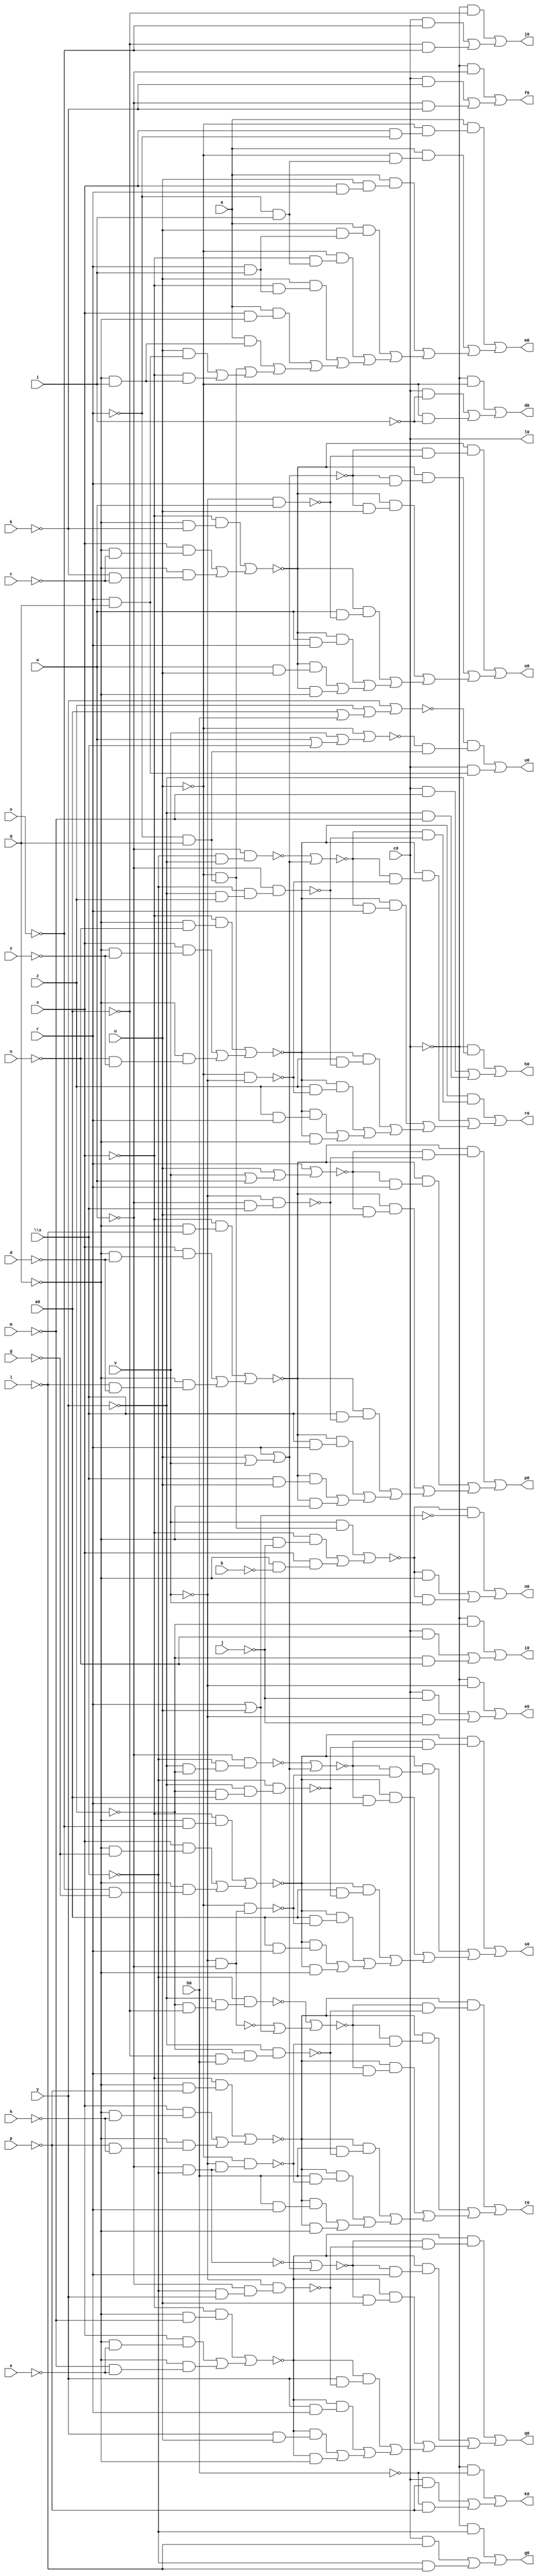
// IWLS benchmark module "c8" printed on Wed May 29 16:31:27 2002
module c8(a, b, c, d, e, f, g, h, i, j, k, l, m, n, o, p, q, r, s, u, v, w, \x , y, z, a0, b0, c0, d0, e0, f0, g0, h0, i0, j0, k0, l0, m0, n0, o0, p0, q0, r0, s0, t0, u0);
input
  a,
  b,
  c,
  d,
  e,
  f,
  g,
  h,
  i,
  j,
  k,
  l,
  m,
  n,
  o,
  p,
  q,
  r,
  s,
  u,
  v,
  w,
  \x ,
  y,
  z,
  a0,
  b0,
  c0;
output
  g0,
  h0,
  i0,
  j0,
  k0,
  l0,
  m0,
  n0,
  o0,
  p0,
  q0,
  r0,
  s0,
  t0,
  u0,
  d0,
  e0,
  f0;
wire
  g2,
  h2,
  i2,
  j2,
  k2,
  \[10] ,
  \[11] ,
  m2,
  \[12] ,
  n2,
  \[13] ,
  o2,
  \[14] ,
  p2,
  \[0] ,
  \[15] ,
  q2,
  \[1] ,
  \[16] ,
  \[2] ,
  \[17] ,
  s2,
  \[3] ,
  t2,
  \[4] ,
  u1,
  u2,
  \[5] ,
  v1,
  v2,
  \[6] ,
  w1,
  w2,
  \[7] ,
  y1,
  y2,
  \[9] ,
  z1,
  z2,
  a2,
  a3,
  b3,
  c2,
  c3,
  d2,
  d3,
  e2;
assign
  g0 = \[3] ,
  g2 = ~i2 | (r | (u | v)),
  h0 = \[4] ,
  h2 = (~s & (~q & ~m)) | ((s & (~q & ~e)) | (~q & (~m & ~e))),
  i0 = \[5] ,
  i2 = ~w & ~\x ,
  j0 = \[6] ,
  j2 = ~u & ~v,
  k0 = \[7] ,
  k2 = ~w & (~\x  & (~y & z)),
  \[10]  = (~v1 & ~u1) | ((~v1 & ~q) | (~v1 & v)),
  l0 = c0,
  \[11]  = (~z1 & (~y1 & ~w1)) | ((~z1 & (~y1 & r)) | ((~z1 & (~y1 & u)) | ((~z1 & (w & ~w1)) | ((~z1 & (w & r)) | ((~z1 & (w & u)) | (~z1 & ~q)))))),
  m0 = \[9] ,
  m2 = ~o2 | (r | (u | v)),
  \[12]  = (~d2 & (~c2 & ~a2)) | ((~d2 & (~c2 & r)) | ((~d2 & (~c2 & u)) | ((~d2 & (\x  & ~a2)) | ((~d2 & (\x  & r)) | ((~d2 & (\x  & u)) | (~d2 & ~q)))))),
  n0 = \[10] ,
  n2 = (~s & (~q & ~n)) | ((s & (~q & ~f)) | (~q & (~n & ~f))),
  \[13]  = (~h2 & (~g2 & ~e2)) | ((~h2 & (~g2 & r)) | ((~h2 & (~g2 & u)) | ((~h2 & (y & ~e2)) | ((~h2 & (y & r)) | ((~h2 & (y & u)) | (~h2 & ~q)))))),
  o0 = \[11] ,
  o2 = ~w & (~\x  & ~y),
  \[14]  = (~n2 & (~m2 & ~k2)) | ((~n2 & (~m2 & ~j2)) | ((~n2 & (~m2 & r)) | ((~n2 & (z & ~k2)) | ((~n2 & (z & ~j2)) | ((~n2 & (z & r)) | (~n2 & ~q)))))),
  p0 = \[12] ,
  p2 = ~u & (~v & ~w),
  \[0]  = (~c0 & ~u) | ((c0 & ~i) | (~u & ~i)),
  \[15]  = (~t2 & (~s2 & ~q2)) | ((~t2 & (~s2 & ~p2)) | ((~t2 & (~s2 & r)) | ((~t2 & (a0 & ~q2)) | ((~t2 & (a0 & ~p2)) | ((~t2 & (a0 & r)) | (~t2 & ~q)))))),
  q0 = \[13] ,
  q2 = ~\x  & (~y & (~z & a0)),
  \[1]  = (~c0 & ~v) | ((c0 & ~j) | (~v & ~j)),
  \[16]  = (~z2 & (~y2 & ~w2)) | ((~z2 & (~y2 & ~v2)) | ((~z2 & (~y2 & r)) | ((~z2 & (b0 & ~w2)) | ((~z2 & (b0 & ~v2)) | ((~z2 & (b0 & r)) | (~z2 & ~q)))))),
  r0 = \[14] ,
  \[2]  = (~c0 & ~w) | ((c0 & ~k) | (~w & ~k)),
  \[17]  = (~d3 & (~c3 & (~r & q))) | (c0 & (r & q)),
  s0 = \[15] ,
  s2 = ~u2 | (r | (u | v)),
  \[3]  = (~c0 & ~\x ) | ((c0 & ~l) | (~\x  & ~l)),
  t0 = \[16] ,
  t2 = (~s & (~q & ~o)) | ((s & (~q & ~g)) | (~q & (~o & ~g))),
  \[4]  = (~c0 & ~y) | ((c0 & ~m) | (~y & ~m)),
  u0 = \[17] ,
  u1 = r | u,
  u2 = ~w & (~\x  & (~y & ~z)),
  \[5]  = (~c0 & ~z) | ((c0 & ~n) | (~z & ~n)),
  v1 = (v & (~u & (~r & q))) | ((~s & (~q & ~j)) | (s & (~q & ~b))),
  v2 = ~u & (~v & (~w & ~\x )),
  \[6]  = (~c0 & ~a0) | ((c0 & ~o) | (~a0 & ~o)),
  w1 = ~v & w,
  w2 = ~y & (~z & (~a0 & b0)),
  \[7]  = (~c0 & ~b0) | ((c0 & ~p) | (~b0 & ~p)),
  y1 = r | (u | v),
  y2 = ~b3 | (~a3 | (r | u)),
  \[9]  = (a & (~u & (s & ~r))) | ((a & (~u & (~r & i))) | ((a & (u & (s & r))) | ((a & (u & (r & i))) | ((~u & (~s & (~r & i))) | ((u & (~s & (r & i))) | ((a & (s & ~q)) | ((a & (~q & i)) | ((~u & (~r & q)) | ((u & (r & q)) | (~s & (~q & i))))))))))),
  z1 = (~s & (~q & ~k)) | ((s & (~q & ~c)) | (~q & (~k & ~c))),
  z2 = (~s & (~q & ~p)) | ((s & (~q & ~h)) | (~q & (~p & ~h))),
  a2 = ~v & (~w & \x ),
  a3 = ~v & ~w,
  b3 = ~\x  & (~y & (~z & ~a0)),
  c2 = r | (u | (v | w)),
  c3 = ~u | (v | (w | \x )),
  d0 = \[0] ,
  d2 = (~s & (~q & ~l)) | ((s & (~q & ~d)) | (~q & (~l & ~d))),
  d3 = y | (z | (a0 | b0)),
  e0 = \[1] ,
  e2 = ~v & (~w & (~\x  & y)),
  f0 = \[2] ;
endmodule